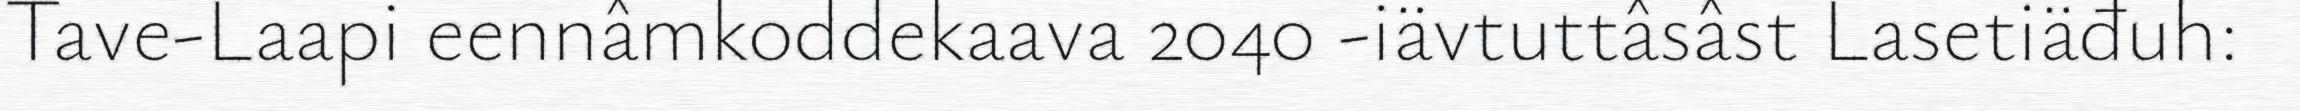
Tave-Laapi eennâmkoddekaava 2040 -iävtuttâsâst Lasetiäđuh: